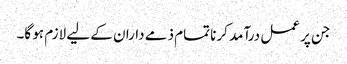
جن پر عمل درآمد کرنا تمام ذمے داران کے لیے لازم ہو گا۔